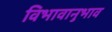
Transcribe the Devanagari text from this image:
विभावानुभाव